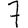
Digit: 7